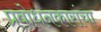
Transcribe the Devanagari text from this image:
प्रबोधनकारांचा